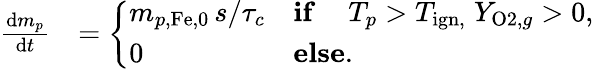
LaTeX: \begin{array}{rl}{\frac{\mathrm{d}m_{p}}{\mathrm{d}t}}&{=\left\{ \begin{array}{ll}{m_{p,\mathrm{Fe},0}\, s/\tau_{c}}&{\textbf{if}\quad\; T_{p}>T_{\mathrm{{ign},}}\; Y_{\mathrm{O2},g}>0,}\\ {0}&{\textbf{else}.}\end{array}\right.}\end{array}